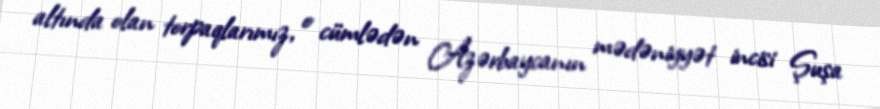
altında olan torpaqlarımız, o cümlədən Azərbaycanın mədəniyyət incisi Şuşa